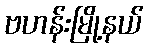
ဗဟန်းမြို့နယ်